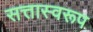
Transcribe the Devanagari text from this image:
सत्तास्वरूप